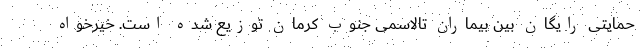
حمایتی رایگان بین بیماران تالاسمی جنوب کرمان توزیع شده است. خیرخواه